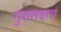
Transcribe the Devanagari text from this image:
गुरुसहाय